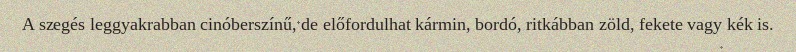
A szegés leggyakrabban cinóberszínű, de előfordulhat kármin, bordó, ritkábban zöld, fekete vagy kék is.